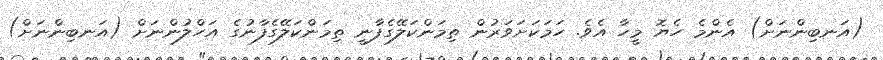
(އަނބިންނަށް) އެންމެ ހެޔޮ މީހާ އެވެ. ހަމަކަށަވަރުން ތިމަންކަލޭގެފާނީ ތިމަންކަލޭގެފާނުގެ އަހްލުންނަށް (އަނބިންނަށް)